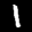
Label: 1